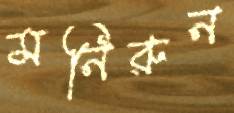
মনিরুন